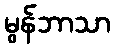
မွန်ဘာသာ